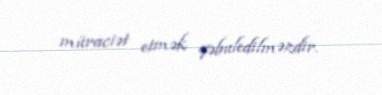
müraciət etmək qəbuledilməzdir.